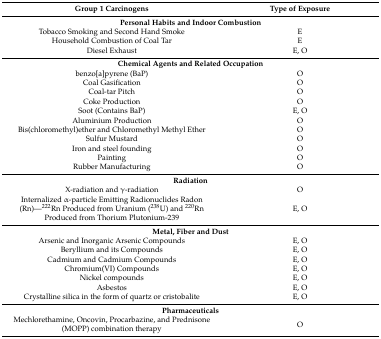
| Group 1 Carcinogens | Type of Exposure |
 | --- | --- |
 | <COLSPAN=2> Personal Habits and Indoor Combustion |
 | Tobacco Smoking and Second Hand Smoke | E |
 | Household Combustion of Coal Tar | E |
 | Diesel Exhaust | E, O |
 | <COLSPAN=2> Chemical Agents and Related Occupation |
 | benzo[a]pyrene (BaP) | O |
 | Coal Gasification | O |
 | Coal-tar Pitch | O |
 | Coke Production | O |
 | Soot (Contains BaP) | E, O |
 | Aluminium Production | O |
 | Bis(chloromethyl)ether and Chloromethyl Methyl Ether | O |
 | Sulfur Mustard | O |
 | Iron and steel founding | O |
 | Painting | O |
 | Rubber Manufacturing | O |
 | <COLSPAN=2> Radiation |
 | X-radiation and γ-radiation | O |
 | Internalized α-particle Emitting Radionuclides Radon (Rn)—222Rn Produced from Uranium (238U) and 220Rn Produced from Thorium Plutonium-239 | E, O |
 | <COLSPAN=2> Metal, Fiber and Dust |
 | Arsenic and Inorganic Arsenic Compounds | E, O |
 | Beryllium and its Compounds | E, O |
 | Cadmium and Cadmium Compounds | E, O |
 | Chromium(VI) Compounds | E, O |
 | Nickel compounds | E, O |
 | Asbestos | E, O |
 | Crystalline silica in the form of quartz or cristobalite | E, O |
 | <COLSPAN=2> Pharmaceuticals |
 | Mechlorethamine, Oncovin, Procarbazine, and Prednisone (MOPP) combination therapy | O |